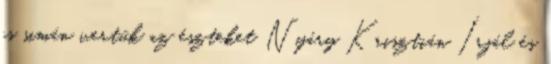
is simán vertük az észteket Nyáry Krisztián Írjál és